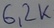
Text: 6,2K